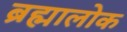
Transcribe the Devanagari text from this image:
ब्रह्मालोक